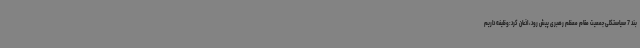
بند 7 سیاستکلی جمعیت مقام معظم رهبری پیش رود، اذعان کرد:وظیفه داریم